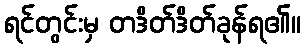
ရင်တွင်းမှ တဒိတ်ဒိတ်ခုန်ရ၏။